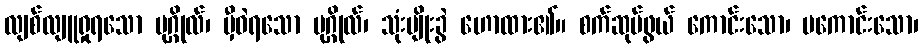
လျစ်လျူရှုရသော ပုဂ္ဂိုလ်၊ မှီဝဲရသော ပုဂ္ဂိုလ်၊ သုံးမျိုးခွဲ ဟောထား၏။ စက်ဆုပ်ဖွယ် ကောင်းသော၊ မကောင်းသော၊